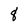
Character: 8